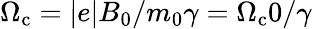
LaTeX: \Omega_{\mathrm{c}}=\vert e\vert B_{0}/m_{0}\gamma=\Omega_{\mathrm{c}}0/\gamma